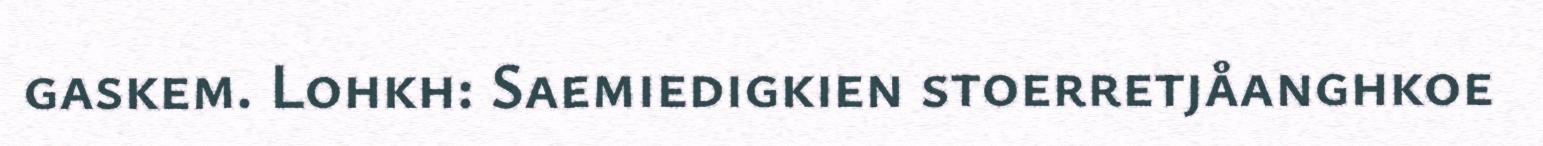
gaskem. Lohkh: Saemiedigkien stoerretjåanghkoe